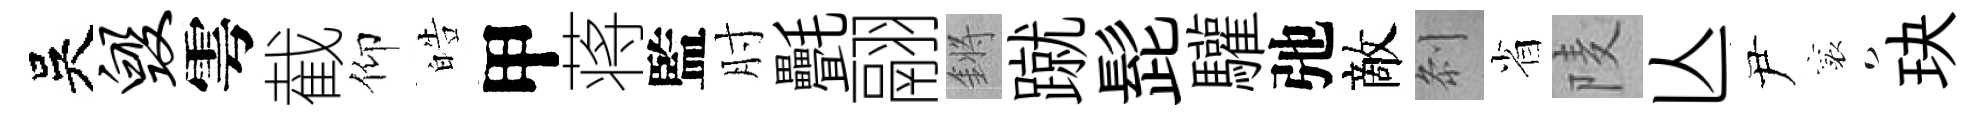
吳毁雩截仰皓甲蒋監肘㲲翮鏘蹴髭驩弛敵𠛴省𨹧亾尹襄玦